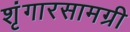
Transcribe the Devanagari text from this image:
शृंगारसामग्री